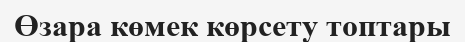
Өзара көмек көрсету топтары